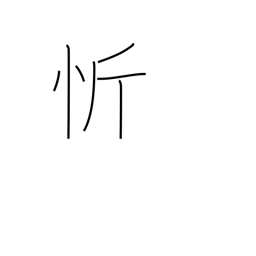
Meaning: open one's heart